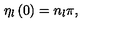
\eta _ { l } \left( 0 \right) = n _ { l } \pi ,